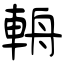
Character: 輈